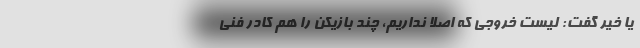
یا خیر گفت: لیست خروجی که اصلا نداریم، چند بازیکن را هم کادر فنی